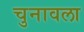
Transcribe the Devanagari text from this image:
चुनावला